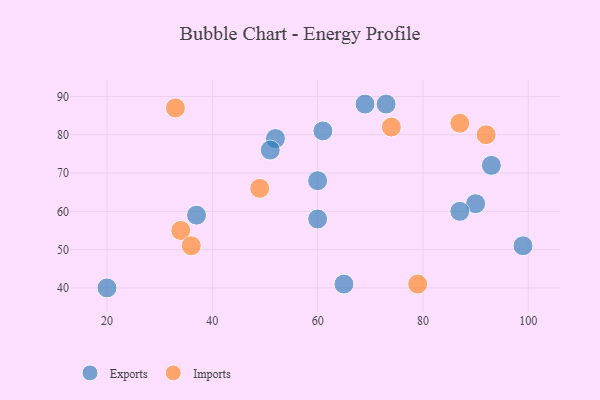
{"axis": {"x": "GDP", "y": "Life Expectancy"}, "legend": ["Exports", "Imports"], "data": [{"x": "93", "y": 72, "type": "Exports"}, {"x": "61", "y": 81, "type": "Exports"}, {"x": "37", "y": 59, "type": "Exports"}, {"x": "20", "y": 40, "type": "Exports"}, {"x": "52", "y": 79, "type": "Exports"}, {"x": "60", "y": 68, "type": "Exports"}, {"x": "65", "y": 41, "type": "Exports"}, {"x": "51", "y": 76, "type": "Exports"}, {"x": "99", "y": 51, "type": "Exports"}, {"x": "60", "y": 58, "type": "Exports"}, {"x": "73", "y": 88, "type": "Exports"}, {"x": "90", "y": 62, "type": "Exports"}, {"x": "69", "y": 88, "type": "Exports"}, {"x": "87", "y": 60, "type": "Exports"}, {"x": "74", "y": 82, "type": "Imports"}, {"x": "49", "y": 66, "type": "Imports"}, {"x": "79", "y": 41, "type": "Imports"}, {"x": "34", "y": 55, "type": "Imports"}, {"x": "87", "y": 83, "type": "Imports"}, {"x": "33", "y": 87, "type": "Imports"}, {"x": "36", "y": 51, "type": "Imports"}, {"x": "92", "y": 80, "type": "Imports"}]}